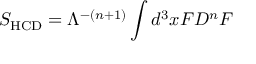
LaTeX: S _ { \mathrm { H C D } } = { \Lambda ^ { - ( n + 1 ) } } \int d ^ { 3 } x F D ^ { n } F